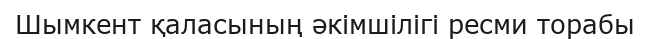
Шымкент қаласының әкімшiлiгi ресми торабы